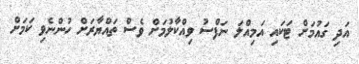
އަދި ގައުމަށް ޓަކައި އަމިއްލަ ނަފްސު ވިއްކާލުމަށް ވެސް ތައްޔާރަށް ހުންނެވި ކަމަށް